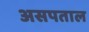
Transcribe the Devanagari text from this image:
असपताल